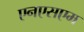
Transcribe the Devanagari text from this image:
एनएसएम